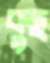
কুছ